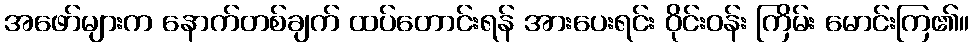
အဖော်များက နောက်တစ်ချက် ထပ်တောင်းရန် အားပေးရင်း ဝိုင်းဝန်း ကြိမ်း မောင်းကြ၏။